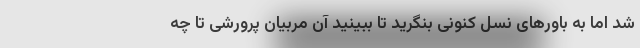
شد اما به باورهای نسل کنونی بنگرید تا ببینید آن مربیان پرورشی تا چه